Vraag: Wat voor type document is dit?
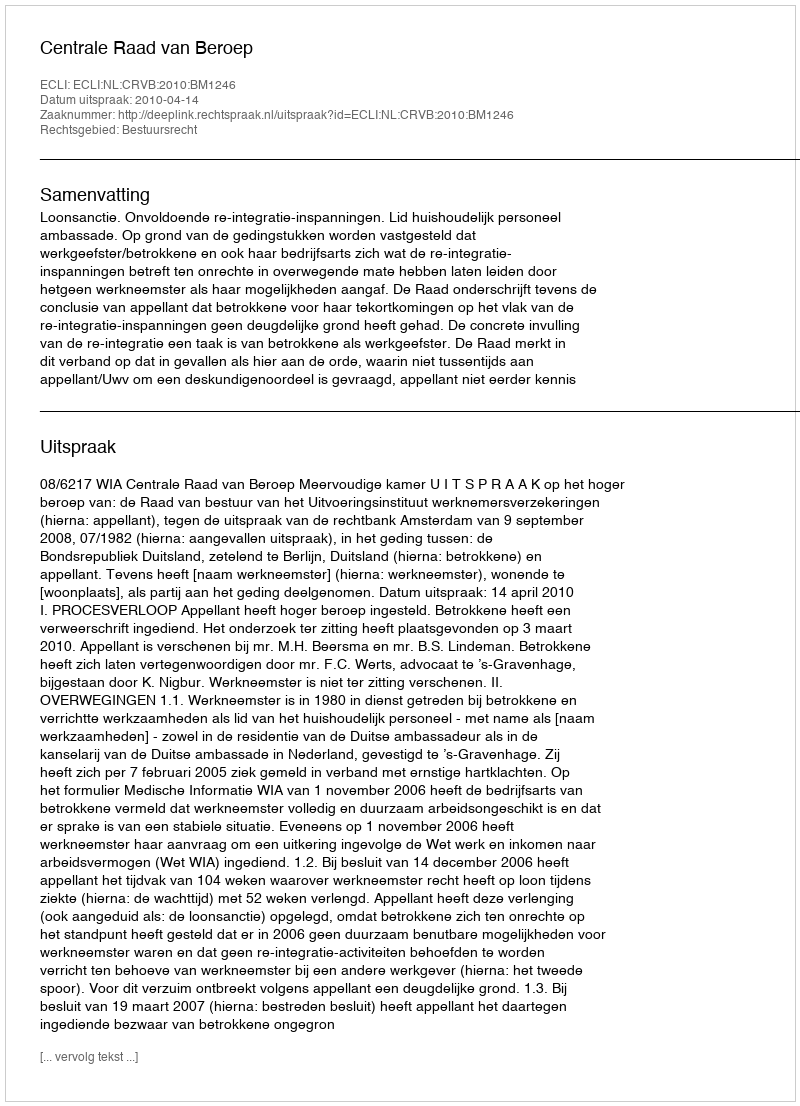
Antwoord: Uitspraak